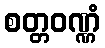
စတ္တဝဏ္ဏံ